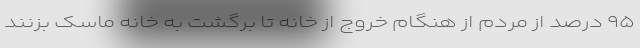
۹۵ درصد از مردم از هنگام خروج از خانه تا برگشت به خانه ماسک بزنند